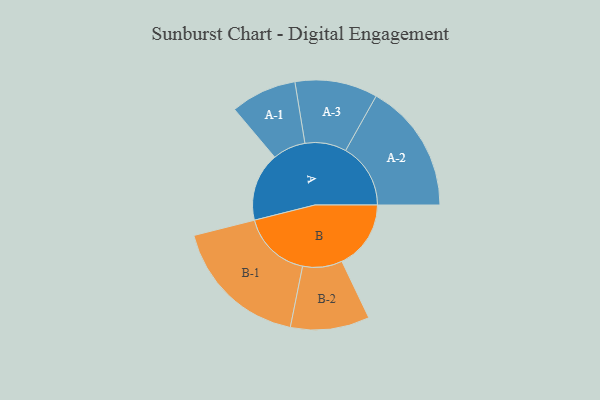
{"axis": {"x": "Segment", "y": "Value"}, "legend": ["", "A", "B"], "data": [{"x": "A", "y": 272, "type": ""}, {"x": "B", "y": 274, "type": ""}, {"x": "A-1", "y": 131, "type": "A"}, {"x": "A-2", "y": 258, "type": "A"}, {"x": "A-3", "y": 164, "type": "A"}, {"x": "B-1", "y": 274, "type": "B"}, {"x": "B-2", "y": 157, "type": "B"}]}